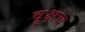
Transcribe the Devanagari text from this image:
वृक्षच